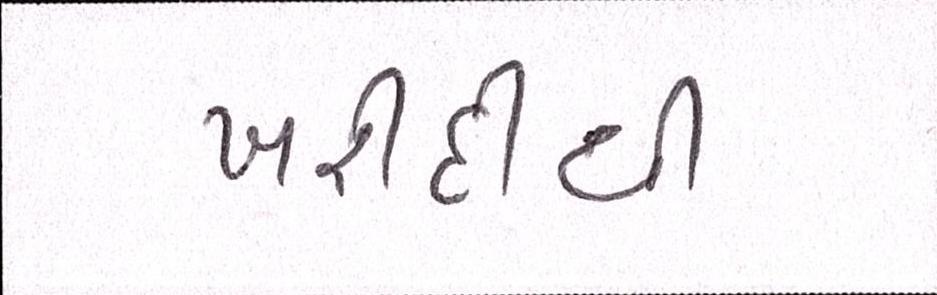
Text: ખરીદીથી